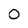
Character: O